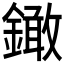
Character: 𨬒